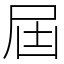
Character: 屆